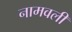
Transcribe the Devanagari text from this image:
नामवली